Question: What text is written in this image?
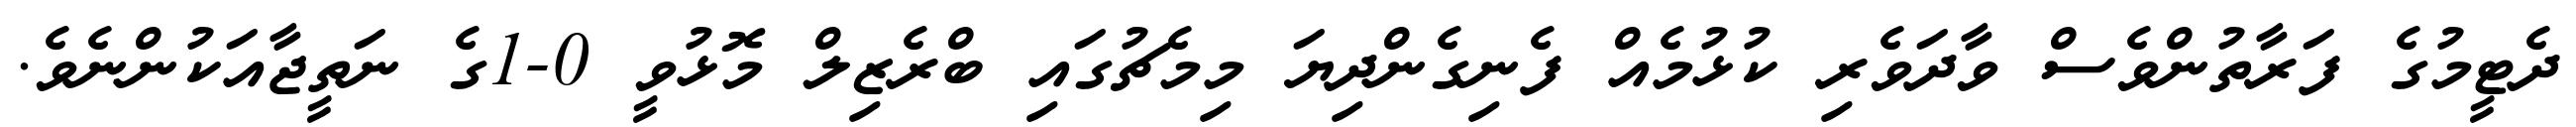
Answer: ދެޓީމުގެ ފަރާތުންވެސް ވާދަވެރި ކުޅުމެއް ފެނިގެންދިޔަ މިމެޗުގައި ބްރެޒިލް މޮޅުވީ 0-1ގެ ނަތީޖާއަކުންނެވެ.